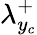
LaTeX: {\lambda}_{y_{c}}^{+}